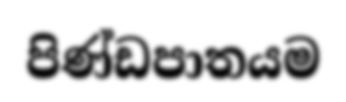
පිණ්ඩපාතයම